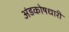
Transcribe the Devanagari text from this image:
अंडकोषधारी